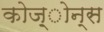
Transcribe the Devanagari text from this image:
कोज़्ोन्स